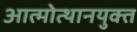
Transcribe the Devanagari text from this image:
आत्मोत्थानयुक्त